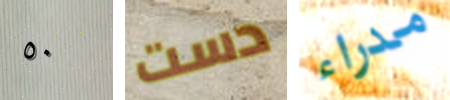
٥٠ دست مدراء